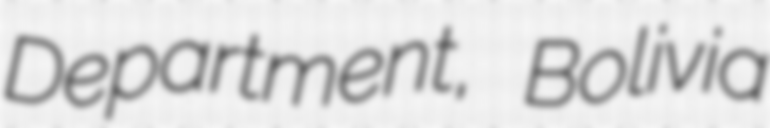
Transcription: Department, Bolivia